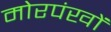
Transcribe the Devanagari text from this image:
मोरपंखों